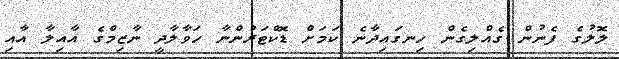
ލޮލުގެ ފެނުން ގެއްލިގެން ހިނގައިދާނެ ކަމަށް ޑޮކްޓަރުންނާ ހަވާލާދީ ނާޒިމްގެ އާއިލާ އާއި